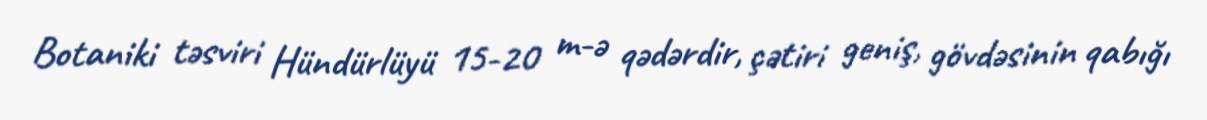
Botaniki təsviri Hündürlüyü 15-20 m-ə qədərdir, çətiri geniş, gövdəsinin qabığı